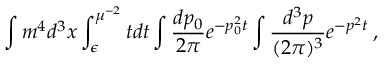
\int m ^ { 4 } d ^ { 3 } x \int _ { \epsilon } ^ { \mu ^ { - 2 } } t d t \int \frac { d p _ { 0 } } { 2 \pi } e ^ { - p _ { 0 } ^ { 2 } t } \int \frac { d ^ { 3 } p } { ( 2 \pi ) ^ { 3 } } e ^ { - p ^ { 2 } t } \, ,